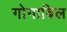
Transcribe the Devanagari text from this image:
गोगाबिल